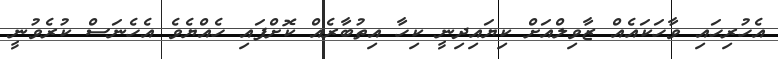
އެހުރިހައި ވާހަކައެއް ޒާވިލްއަށް ކިޔައިދިނީ ކިހާ އިތުބާރެއް ކޮށްފައި ހެއްޔެވެ އެހެނަސް ކުރެވުނީ